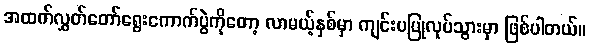
အထက်လွှတ်တော်ရွေးကောက်ပွဲကိုတော့ လာမယ့်နှစ်မှာ ကျင်းပပြုလုပ်သွားမှာ ဖြစ်ပါတယ်။